38_143685_box_Incident_Summaries_173-233
Agency: Department of War
Page 112
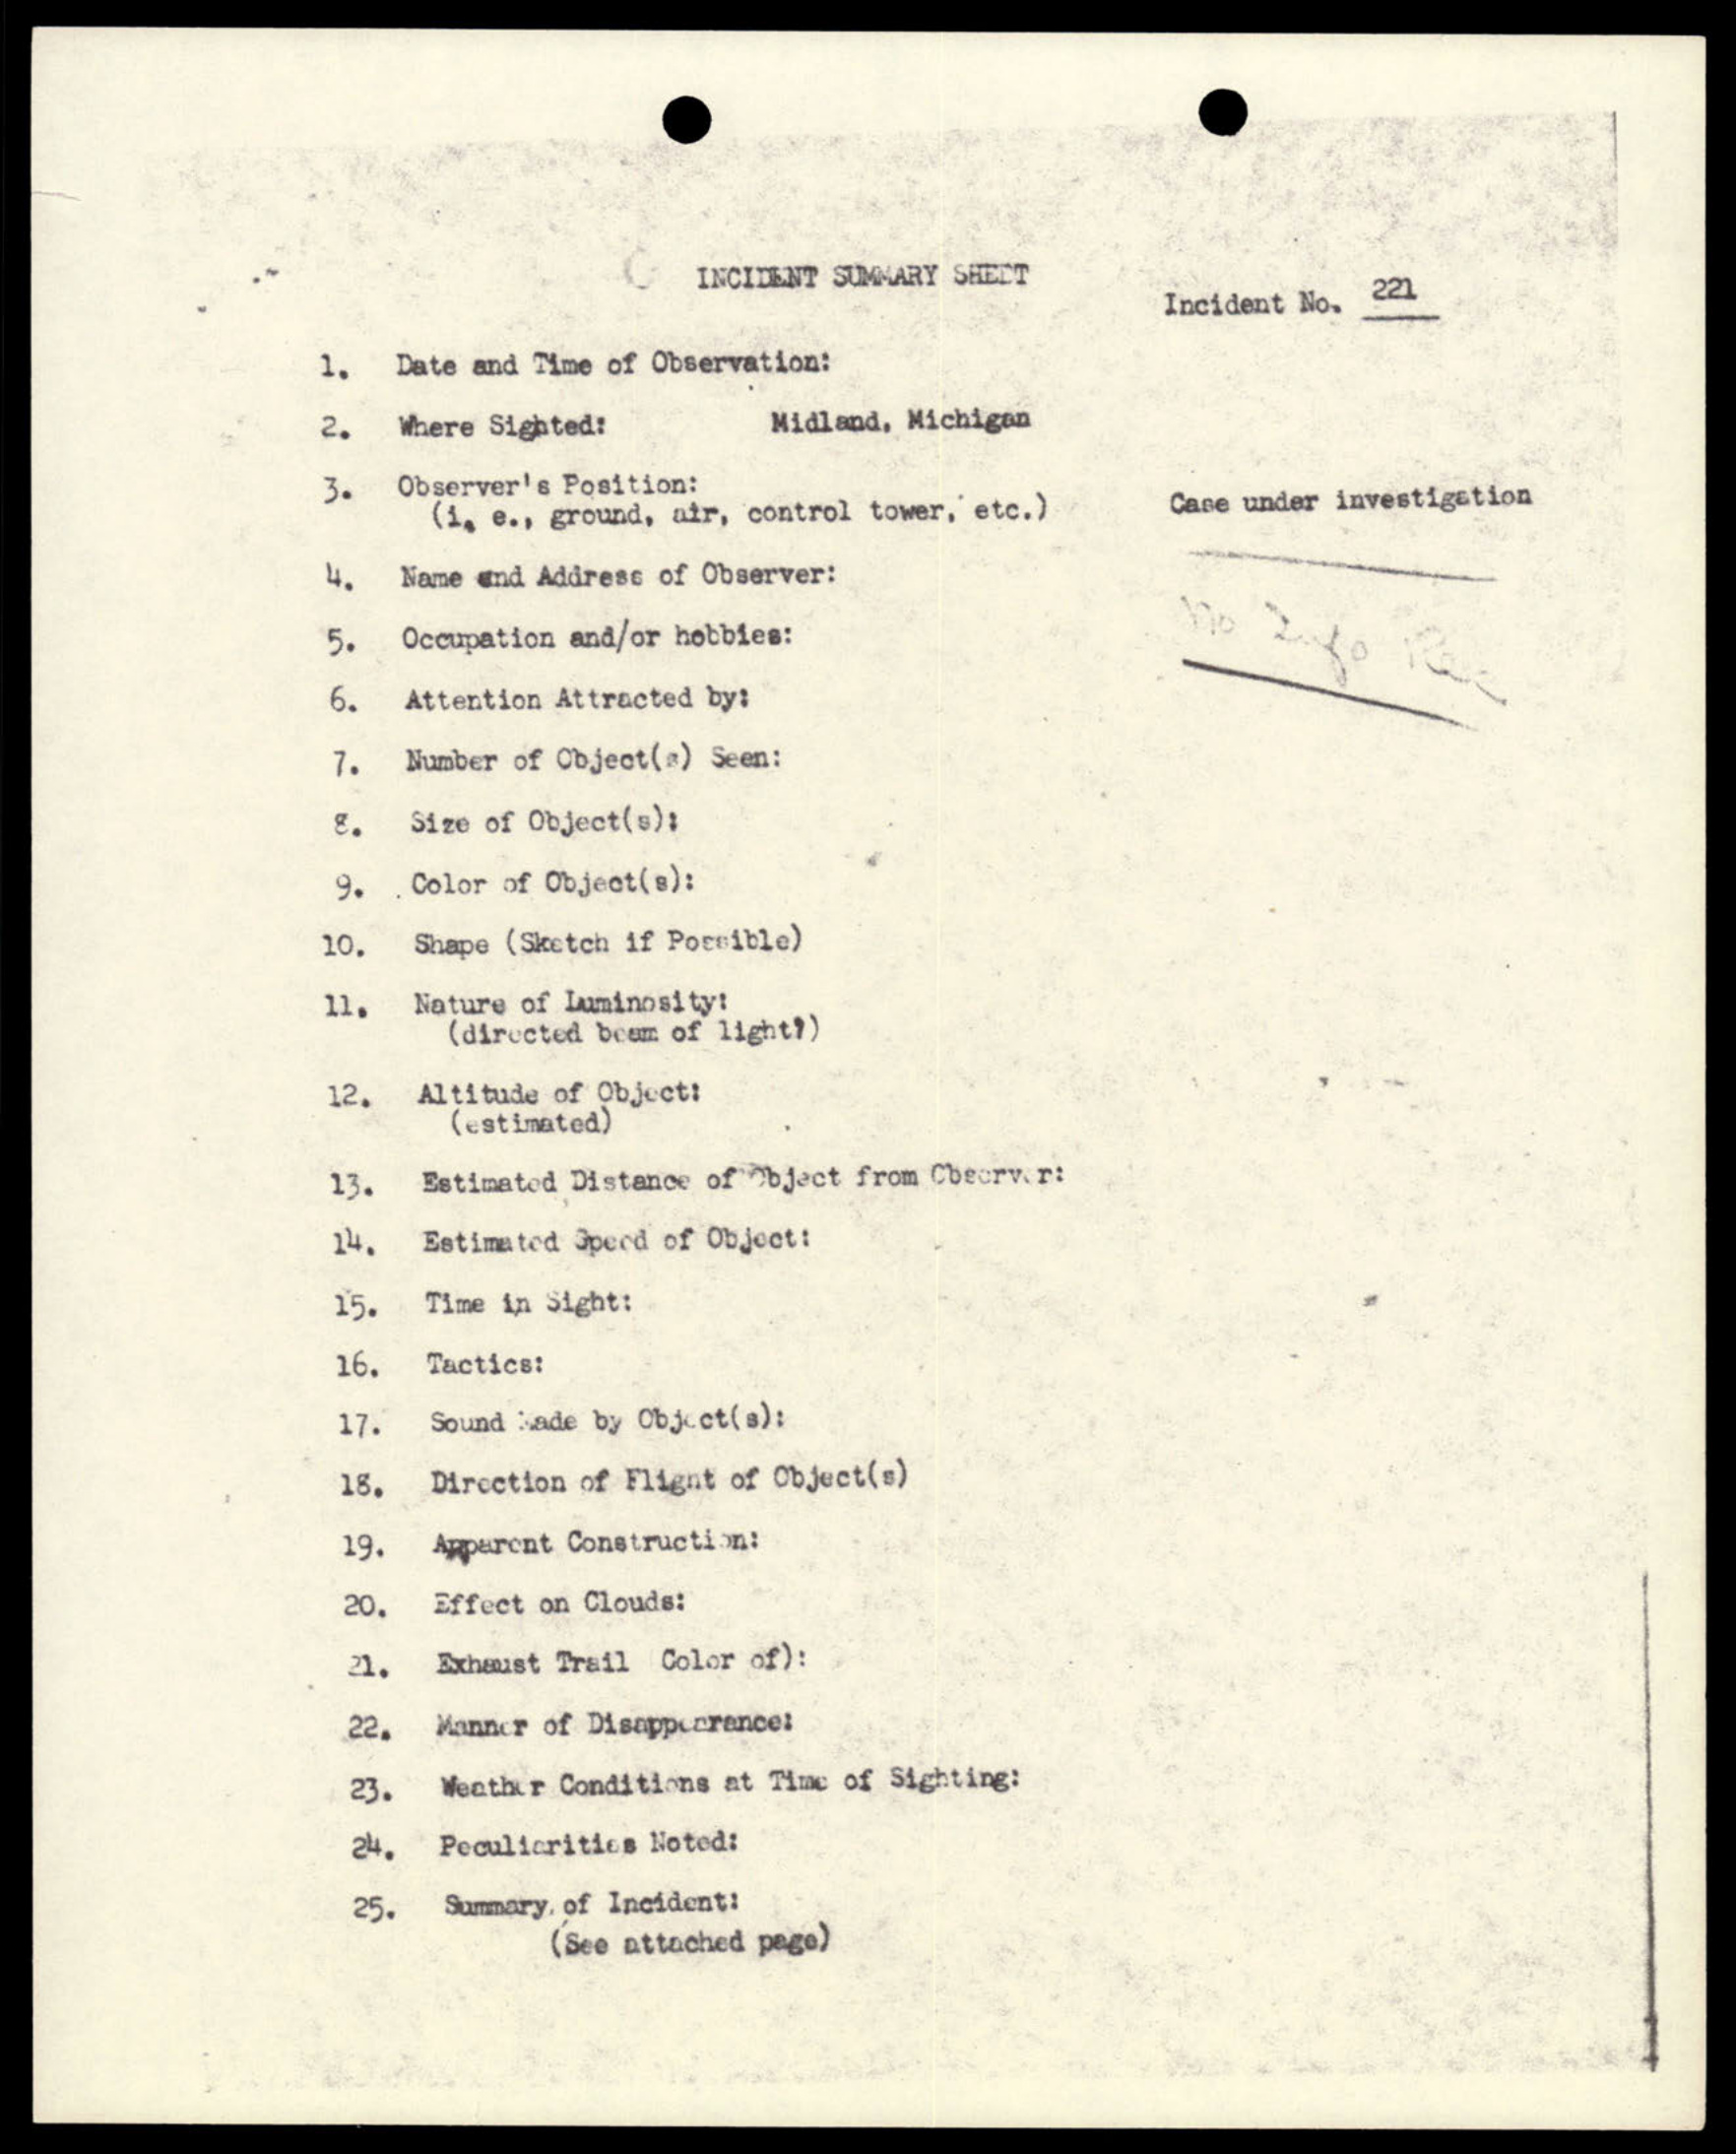